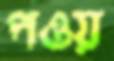
পওয়